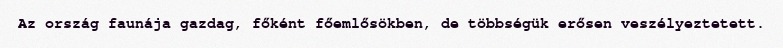
Az ország faunája gazdag, főként főemlősökben, de többségük erősen veszélyeztetett.